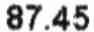
87.45